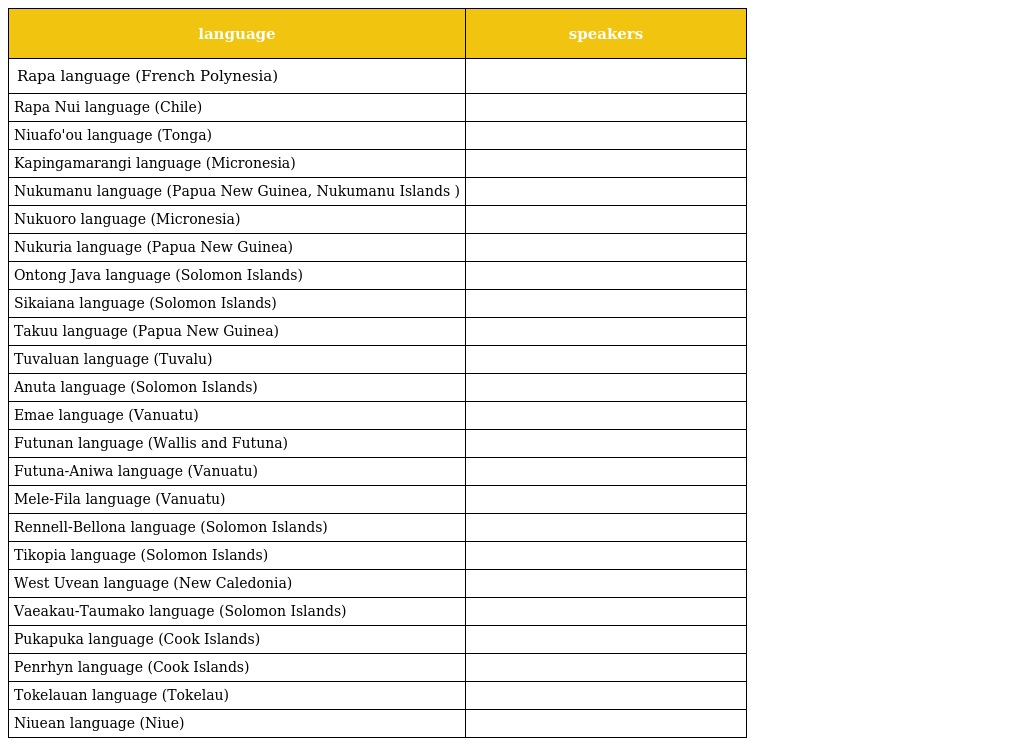
| language | speakers |
 | --- | --- |
 | Rapa language (French Polynesia) |  |
 | Rapa Nui language (Chile) |  |
 | Niuafo'ou language (Tonga) |  |
 | Kapingamarangi language (Micronesia) |  |
 | Nukumanu language (Papua New Guinea, Nukumanu Islands ) |  |
 | Nukuoro language (Micronesia) |  |
 | Nukuria language (Papua New Guinea) |  |
 | Ontong Java language (Solomon Islands) |  |
 | Sikaiana language (Solomon Islands) |  |
 | Takuu language (Papua New Guinea) |  |
 | Tuvaluan language (Tuvalu) |  |
 | Anuta language (Solomon Islands) |  |
 | Emae language (Vanuatu) |  |
 | Futunan language (Wallis and Futuna) |  |
 | Futuna-Aniwa language (Vanuatu) |  |
 | Mele-Fila language (Vanuatu) |  |
 | Rennell-Bellona language (Solomon Islands) |  |
 | Tikopia language (Solomon Islands) |  |
 | West Uvean language (New Caledonia) |  |
 | Vaeakau-Taumako language (Solomon Islands) |  |
 | Pukapuka language (Cook Islands) |  |
 | Penrhyn language (Cook Islands) |  |
 | Tokelauan language (Tokelau) |  |
 | Niuean language (Niue) |  |